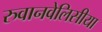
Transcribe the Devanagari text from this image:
रुवानवेलिसीया